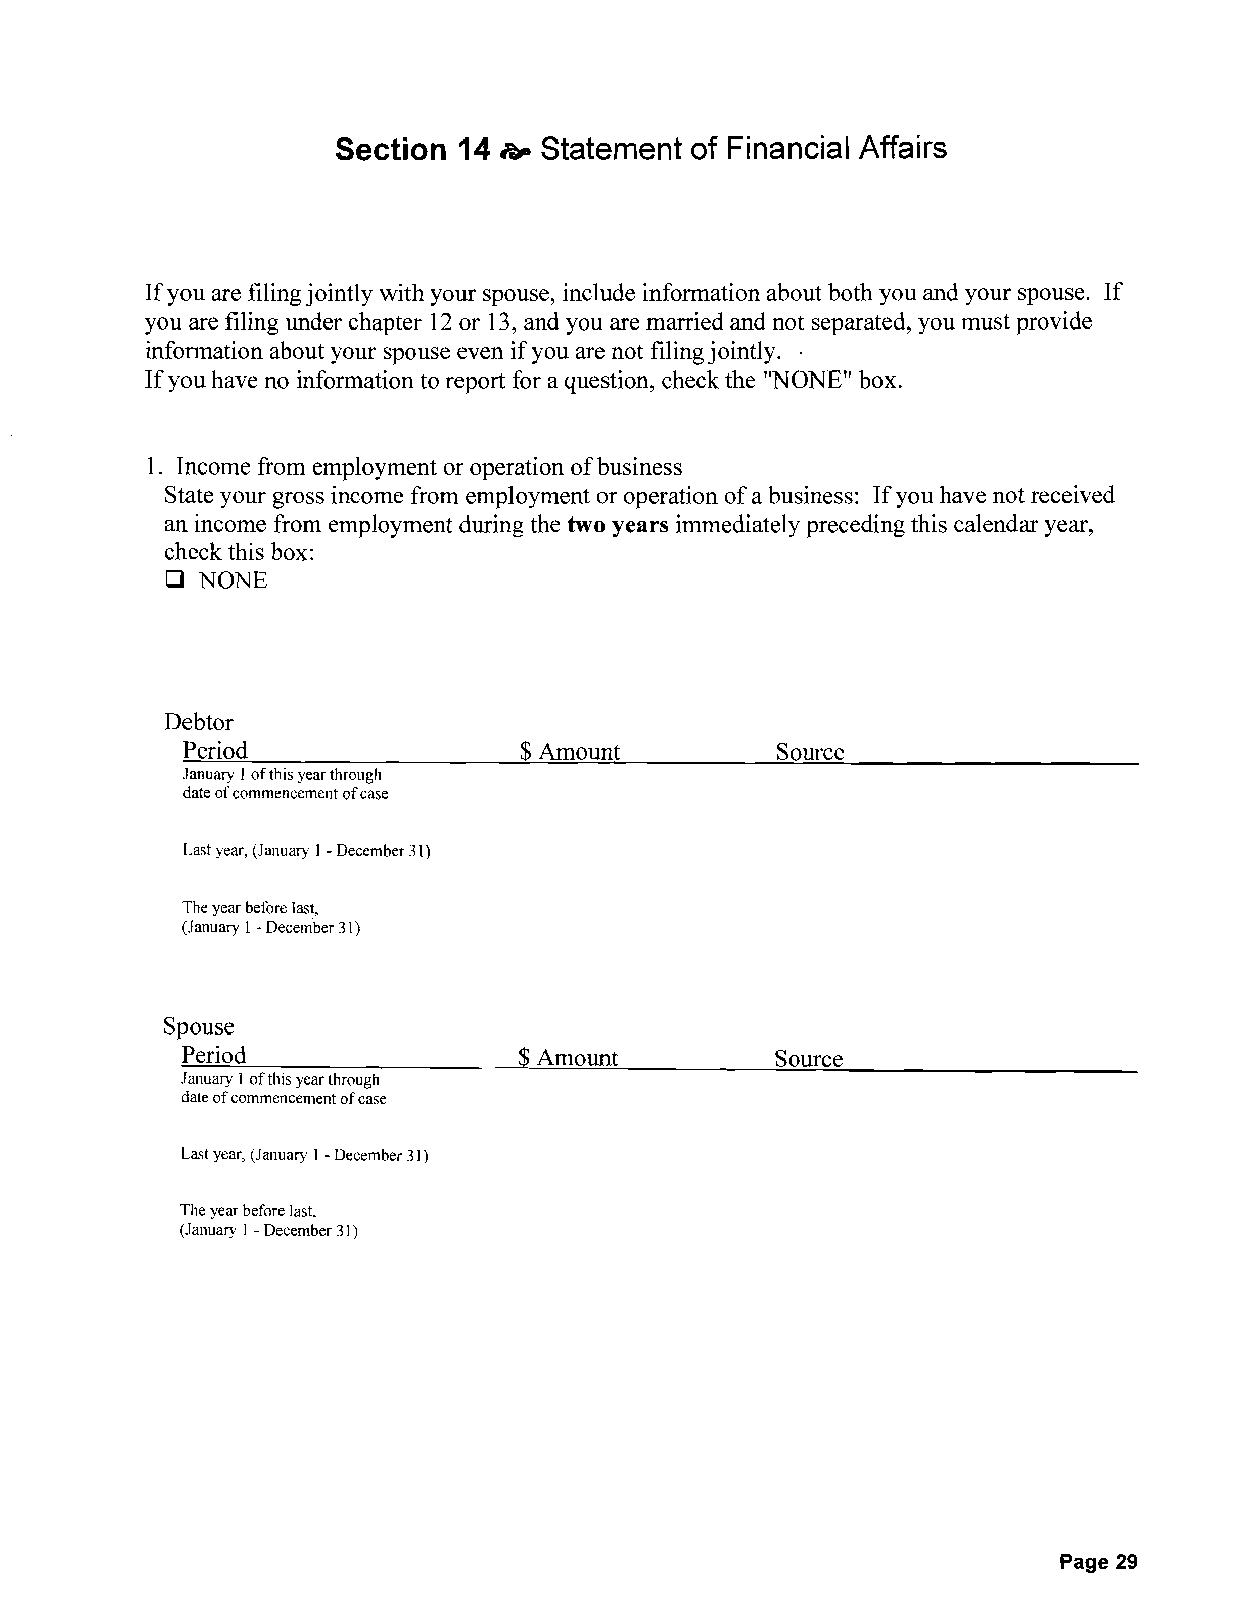
Section 14 h> Statement of Financial Affairs
 If you are filing jointly with your spouse, include information about both you and your spouse. If
 you are filing under chapter 12 or 13, and you are married and not separated, you must provide
 information about your spouse even if you are not filing jointly..
 If you have no information to report for a question, check the "NONE" box.
 1. Income from employment or operation of business
 State your gross income from employment or operation of a business: If you have not received
 an income from employment during the two years immediately preceding this calendar year,
 check this box:
 o
 NONE
 Debtor
 Period                $ Amount         Source
 January 1 of this year through
 date of commencement ofcase
 Last year, (January 1 -December 31)
 The year before last,
 (January 1 -December 31)
 Spouse
 Period                $ Amount         Source
 January 1 of this year through
 date of commencement of case
 Last year, (January 1 -December 31)
 The year before last.
 (January 1 -December 31)
 Page 29